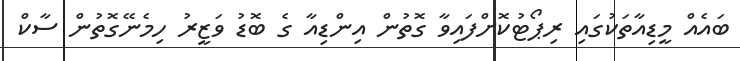
ބައެއް މީޑިއާތަކުގައި ރިޕޯޓުކޮށްފައިވާ ގޮތުން އިންޑިއާ ގެ ބޮޑު ވަޒީރު ހިމެނޭގޮތުން ސާކް